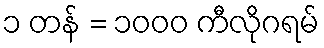
၁ တန် = ၁၀၀၀ ကီလိုဂရမ်